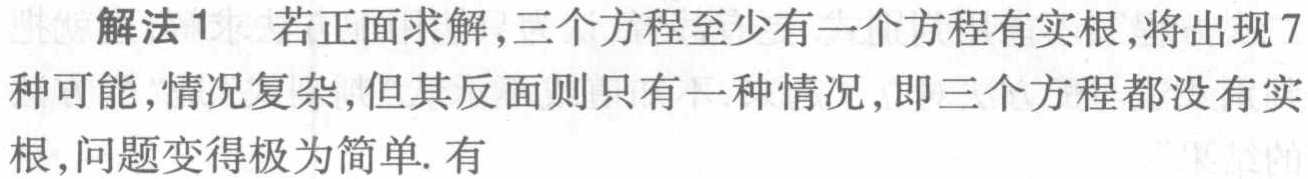
解法1 若正面求解,三个方程至少有一个方程有实根,将出现7种可能,情况复杂,但其反面则只有一种情况,即三个方程都没有实根,问题变得极为简单. 有